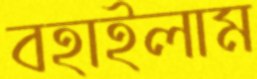
বহাইলাম